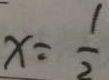
x = \frac { 1 } { 2 }